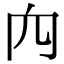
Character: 𥤢